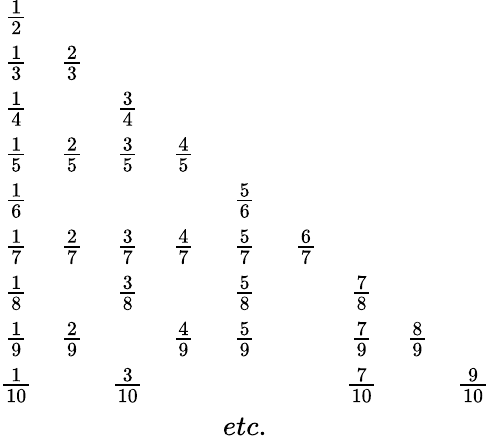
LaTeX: \begin{array}{ccccccccc}{\frac{1}{2}}&&&&&&&&\\ {\frac{1}{3}}&{\frac{2}{3}}&&&&&&&\\ {\frac{1}{4}}&&{\frac{3}{4}}&&&&&&\\ {\frac{1}{5}}&{\frac{2}{5}}&{\frac{3}{5}}&{\frac{4}{5}}&&&&&\\ {\frac{1}{6}}&&&&{\frac{5}{6}}&&&&\\ {\frac{1}{7}}&{\frac{2}{7}}&{\frac{3}{7}}&{\frac{4}{7}}&{\frac{5}{7}}&{\frac{6}{7}}&&&\\ {\frac{1}{8}}&&{\frac{3}{8}}&&{\frac{5}{8}}&&{\frac{7}{8}}&&\\ {\frac{1}{9}}&{\frac{2}{9}}&&{\frac{4}{9}}&{\frac{5}{9}}&&{\frac{7}{9}}&{\frac{8}{9}}&\\ {\frac{1}{10}}&&{\frac{3}{10}}&&&&{\frac{7}{10}}&&{\frac{9}{10}}\\ &&&&{etc.}&&&&\end{array}